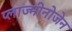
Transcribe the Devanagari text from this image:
प्लाज्मीनोजेन